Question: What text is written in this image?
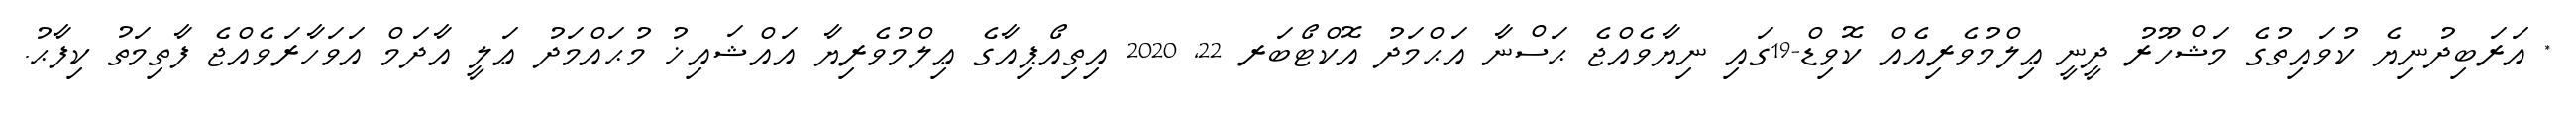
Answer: * އަރަބިދުނިޔެ ކުވައިތުގެ މަޝްހޫރު ދީނީ ޢިލްމުވެރިއެއް ކޮވިޑް-19ގައި ނިޔާވެއްޖެ ޙަސްނާ އަޙްމަދު އޮކްޓޯބަރ 22, 2020 އިތިއޯޕިއާގެ ޢިލްމުވެރިޔާ އައްޝައިޚު މުޙައްމަދު ޢަލީ އާދަމް އަވަހާރަވެއްޖެ ފާތިމަތު ކިފާޙު.